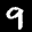
Label: 9